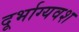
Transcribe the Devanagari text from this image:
दूर्भाग्यवश